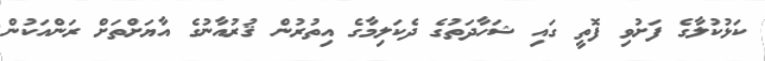
ކަޅުކުލާގެ ފަށުވި ފޮތީ ގައި ޝަހާދަތުގެ ދެކަލިމާގެ އިތުރުން ޤުރުއާނުގެ އާޔަށްތަށް ރަންއަކުން